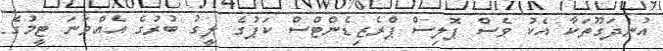
އުނދަގޫތަކާ އެކު ވެސް ޕޮލިސް ޕްރެޒިޑެންޓްސް ކަޕުގެ ލީގު ބުރުގެ އެއްވަނަ ޓީމުގެ